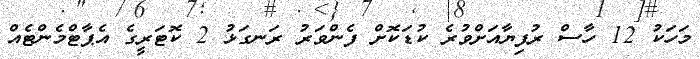
މަހަކު 12 ހާސް ރުފިޔާއަށްވުރެ ކުޑަކޮށް ފެންވަރު ރަނގަޅު 2 ކޮޓަރީގެ އެޕާޓްމެންޓެއް